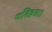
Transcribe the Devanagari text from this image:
पतिव्रता।